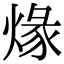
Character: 𤊺